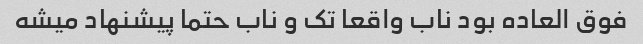
فوق العاده بود ناب واقعا تک و ناب حتما پیشنهاد میشه